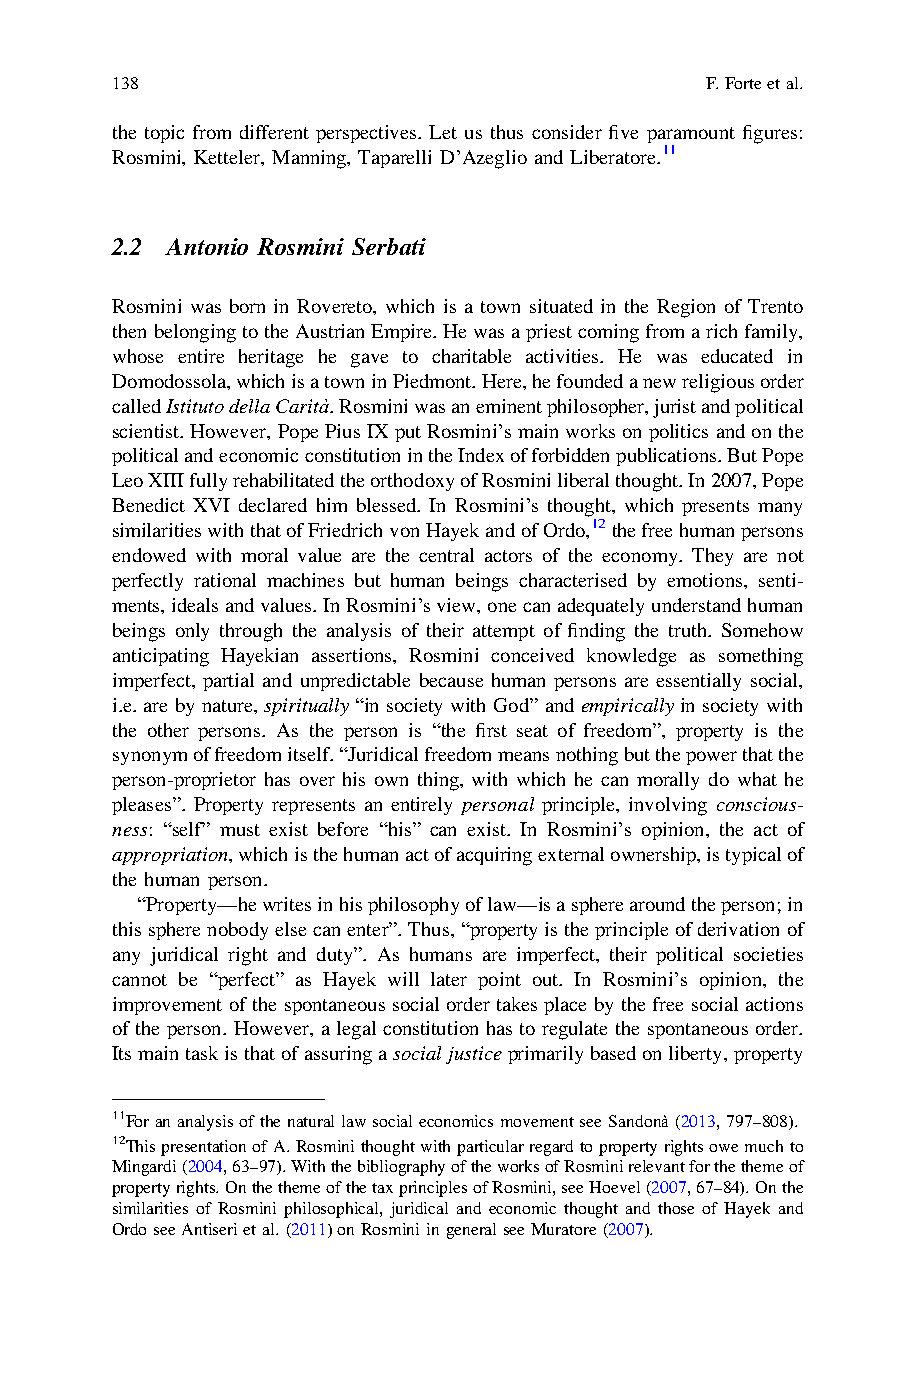
138                                     F.Forteetal.
 the topic from different perspectives. Let us thus consider five paramount figures:
 Rosmini, Ketteler, Manning, Taparelli D’Azeglio and Liberatore.11
 2.2 Antonio Rosmini Serbati
 Rosmini was born in Rovereto, which is a town situated in the Region of Trento
 thenbelongingtotheAustrianEmpire.Hewasapriestcomingfromarichfamily,
 whose entire heritage he gave to charitable activities. He was educated in
 Domodossola,whichisatowninPiedmont.Here,hefoundedanewreligiousorder
 calledIstitutodellaCarità.Rosminiwasaneminentphilosopher,juristandpolitical
 scientist.However,PopePius IXputRosmini’smainworksonpoliticsandonthe
 politicalandeconomicconstitutionintheIndexofforbiddenpublications.ButPope
 LeoXIIIfullyrehabilitatedtheorthodoxyofRosminiliberalthought.In2007,Pope
 Benedict XVI declared him blessed. In Rosmini’s thought, which presents many
 similaritieswiththatofFriedrichvonHayekandofOrdo,12thefreehumanpersons
 endowed with moral value are the central actors of the economy. They are not
 perfectly rational machines but human beings characterised by emotions, senti-
 ments,idealsandvalues.InRosmini’sview,onecanadequatelyunderstandhuman
 beings only through the analysis of their attempt of finding the truth. Somehow
 anticipating Hayekian assertions, Rosmini conceived knowledge as something
 imperfect, partial and unpredictable because human persons are essentially social,
 i.e.arebynature,spiritually “insociety with God” andempiricallyinsociety with
 the other persons. As the person is “the first seat of freedom”, property is the
 synonymoffreedomitself.“Juridicalfreedommeansnothingbutthepowerthatthe
 person-proprietor has over his own thing, with which he can morally do what he
 pleases”. Property represents an entirely personal principle, involving conscious-
 ness: “self” must exist before “his” can exist. In Rosmini’s opinion, the act of
 appropriation,whichisthehumanactofacquiringexternalownership,istypicalof
 the human person.
 “Property—hewritesinhisphilosophyoflaw—isaspherearoundtheperson;in
 thisspherenobodyelsecanenter”.Thus,“propertyistheprincipleofderivationof
 any juridical right and duty”. As humans are imperfect, their political societies
 cannot be “perfect” as Hayek will later point out. In Rosmini’s opinion, the
 improvement of the spontaneous social order takes place by the free social actions
 of the person. However, a legal constitution has to regulate the spontaneous order.
 Itsmaintaskisthatofassuringasocialjusticeprimarilybasedonliberty,property
 11ForananalysisofthenaturallawsocialeconomicsmovementseeSandonà(2013,797–808).
 12ThispresentationofA.Rosminithoughtwithparticularregardtopropertyrightsowemuchto
 Mingardi(2004,63–97).WiththebibliographyoftheworksofRosminirelevantforthethemeof
 propertyrights.OnthethemeofthetaxprinciplesofRosmini,seeHoevel(2007,67–84).Onthe
 similarities of Rosmini philosophical, juridical and economic thought and those of Hayek and
 OrdoseeAntiserietal.(2011)onRosminiingeneralseeMuratore(2007).